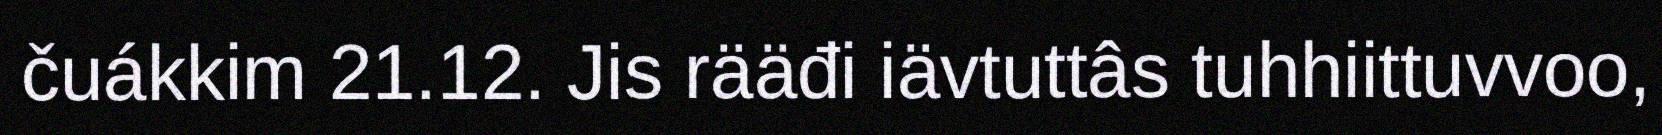
čuákkim 21.12. Jis rääđi iävtuttâs tuhhiittuvvoo,